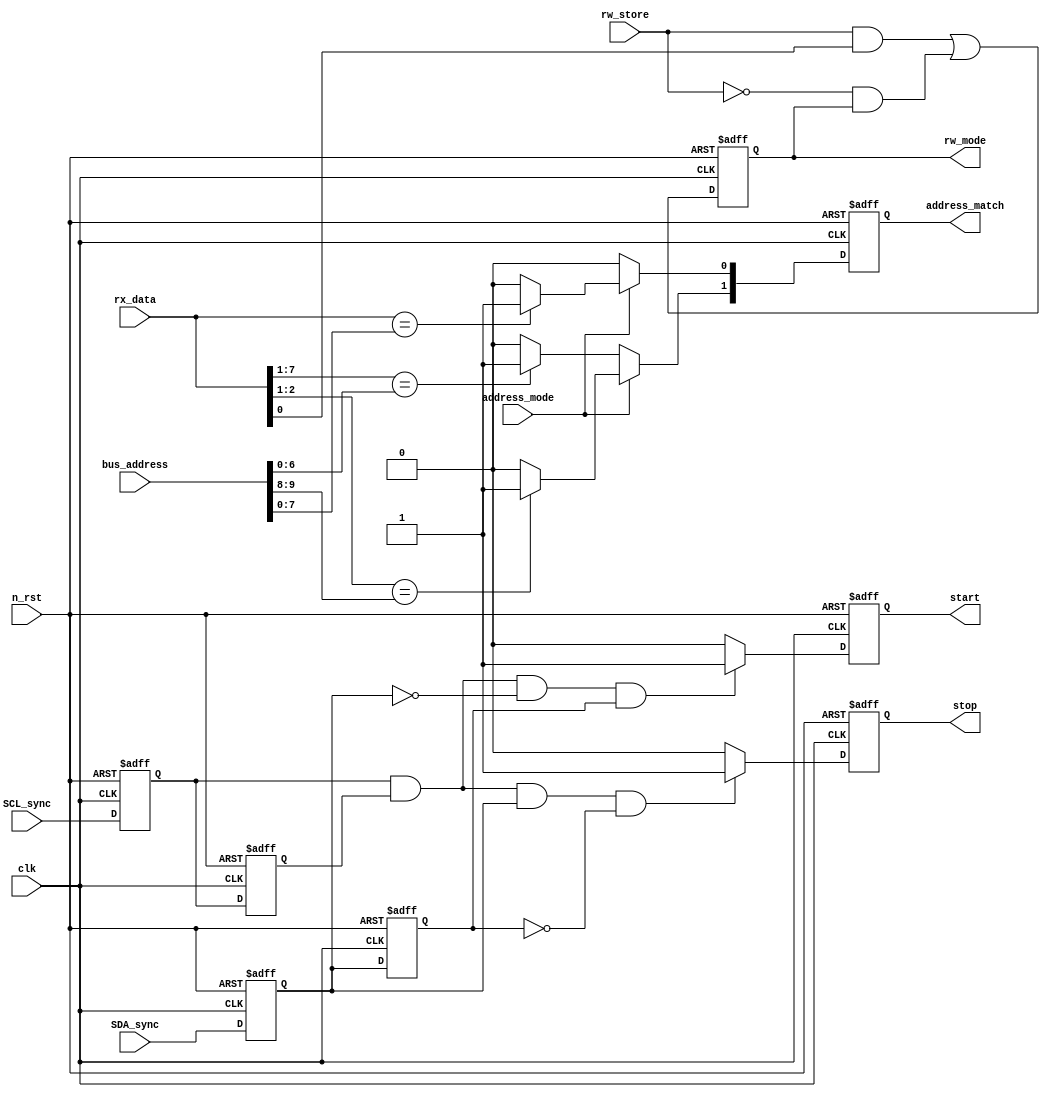
module checker_block (
	clk,
	n_rst,
	SDA_sync,
	SCL_sync,
	rx_data,
	bus_address,
	address_mode,
	rw_store,
	rw_mode,
	address_match,
	start,
	stop
);
	input wire clk;
	input wire n_rst;
	input wire SDA_sync;
	input wire SCL_sync;
	input wire [7:0] rx_data;
	input wire [9:0] bus_address;
	input wire address_mode;
	input wire rw_store;
	output reg rw_mode;
	output reg [1:0] address_match;
	output reg start;
	output reg stop;
	reg scl_mid1;
	reg scl_mid2;
	reg sda_mid1;
	reg sda_mid2;
	reg [1:0] temp_address_match;
	always @(posedge clk or negedge n_rst)
		if (n_rst == 1'b0) begin
			scl_mid1 <= 1'b0;
			scl_mid2 <= 1'b0;
			sda_mid1 <= 1'b0;
			sda_mid2 <= 1'b0;
			rw_mode <= 1'b0;
			address_match <= 1'b0;
			start <= 1'b0;
			stop <= 1'b0;
		end
		else begin
			scl_mid1 <= SCL_sync;
			scl_mid2 <= scl_mid1;
			sda_mid1 <= SDA_sync;
			sda_mid2 <= sda_mid1;
			rw_mode <= (rw_store && rx_data[0]) || (!rw_store && rw_mode);
			address_match <= temp_address_match;
			start <= (((scl_mid1 && scl_mid2) && !sda_mid1) && sda_mid2 ? 1'b1 : 1'b0);
			stop <= (((scl_mid1 && scl_mid2) && sda_mid1) && !sda_mid2 ? 1'b1 : 1'b0);
		end
	always @(*)
		if (address_mode == 1'b0) begin
			temp_address_match[1] = (rx_data[7:1] == bus_address[6:0] ? 1'b1 : 1'b0);
			temp_address_match[0] = 0;
		end
		else begin
			temp_address_match[1] = (rx_data[2:1] == bus_address[9:8] ? 1'b1 : 1'b0);
			temp_address_match[0] = (rx_data[7:0] == bus_address[7:0] ? 1'b1 : 1'b0);
		end
endmodule